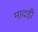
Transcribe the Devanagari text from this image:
मादड़ी